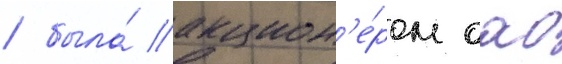
/ была́ акцион'е́ром оао